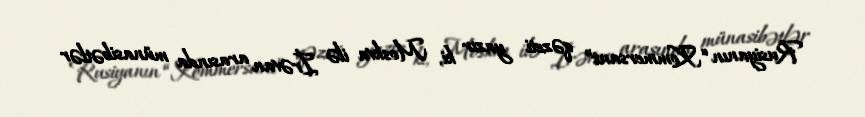
Rusiyanın “Kommersant” qəzeti yazır ki, Moskva ilə İrəvan arasında münasibətlər